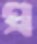
প্র